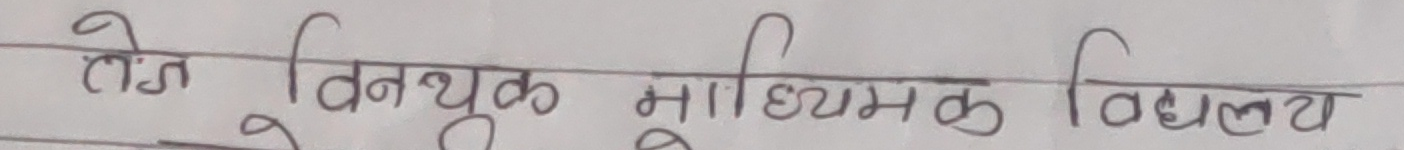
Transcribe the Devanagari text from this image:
तेज विनायक माध्यमिक विद्यालय